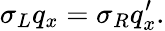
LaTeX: \sigma_{L}q_{x}=\sigma_{R}q_{x}^{\prime}.